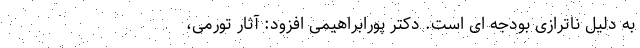
به دلیل ناترازی بودجه ای است. دکتر پورابراهیمی افزود: آثار تورمی،